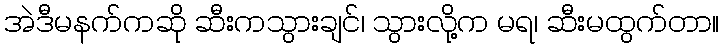
အဲဒီမနက်ကဆို ဆီးကသွားချင်၊ သွားလို့က မရ၊ ဆီးမထွက်တာ။